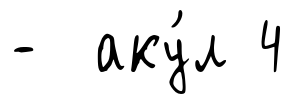
- аку́л 4